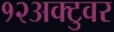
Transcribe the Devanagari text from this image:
१२अक्टुवर